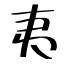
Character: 夷